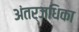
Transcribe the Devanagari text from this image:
अंतर्जधिका